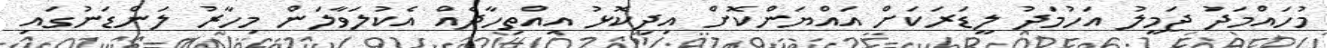
މުހައްމަދު ޖަމީލު އަހުމަދު ލީޑަރަކަށް އައްޔަންކޮށް އިދިކޮޅު އިއްތިހާދެއް އެކުލަވާލަން މިހާރު ލަންޑަނުގައި